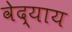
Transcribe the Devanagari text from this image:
वेद्याय